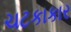
ચટકાકાર